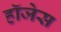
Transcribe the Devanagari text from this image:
हॉजेस